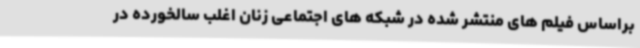
براساس فیلم های منتشر شده در شبکه های اجتماعی زنان اغلب سالخورده در